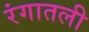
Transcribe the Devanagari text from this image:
रंगातली